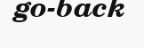
go-back